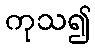
ကုသ၍